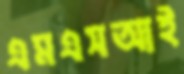
এমএসআই